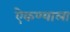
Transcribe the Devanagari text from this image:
ऐकण्याला